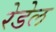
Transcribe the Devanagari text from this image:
रेडेल